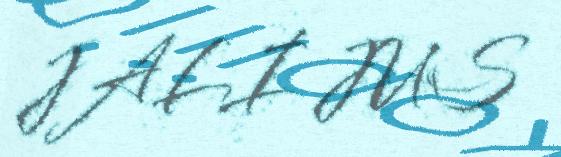
JALI JUS